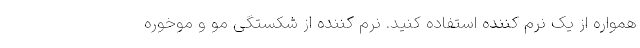
همواره از یک نرم کننده استفاده کنید. نرم کننده از شکستگی مو و موخوره